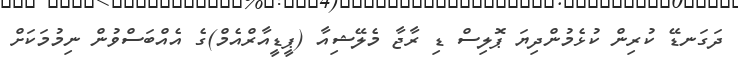
ދަގަނޑޭ ކުރިން ކުޅެމުންދިޔަ ޕޮލިސް ޑި ރާޖާ މެލޭޝިއާ (ޕީޑީއާރްއެމް)ގެ އެއްބަސްވުން ނިމުމަކަށް